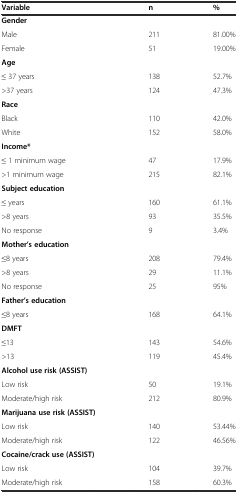
<table><thead><tr><td><b>Variable</b></td><td><b>n</b></td><td><b>%</b></td></tr></thead><tbody><tr><td><b>Gender</b></td><td></td><td></td></tr><tr><td>Male</td><td>211</td><td>81.00%</td></tr><tr><td>Female</td><td>51</td><td>19.00%</td></tr><tr><td><b>Age</b></td><td></td><td></td></tr><tr><td>≤ 37 years</td><td>138</td><td>52.7%</td></tr><tr><td>&gt;37 years</td><td>124</td><td>47.3%</td></tr><tr><td><b>Race</b></td><td></td><td></td></tr><tr><td>Black</td><td>110</td><td>42.0%</td></tr><tr><td>White</td><td>152</td><td>58.0%</td></tr><tr><td><b>Income*</b></td><td></td><td></td></tr><tr><td>≤ 1 minimum wage</td><td>47</td><td>17.9%</td></tr><tr><td>&gt;1 minimum wage</td><td>215</td><td>82.1%</td></tr><tr><td><b>Subject education</b></td><td></td><td></td></tr><tr><td>≤ years</td><td>160</td><td>61.1%</td></tr><tr><td>&gt;8 years</td><td>93</td><td>35.5%</td></tr><tr><td>No response</td><td>9</td><td>3.4%</td></tr><tr><td><b>Mother’s education</b></td><td></td><td></td></tr><tr><td>≤8 years</td><td>208</td><td>79.4%</td></tr><tr><td>&gt;8 years</td><td>29</td><td>11.1%</td></tr><tr><td>No response</td><td>25</td><td>95%</td></tr><tr><td><b>Father’s education</b></td><td></td><td></td></tr><tr><td>≤8 years</td><td>168</td><td>64.1%</td></tr><tr><td><b>DMFT</b></td><td></td><td></td></tr><tr><td>≤13</td><td>143</td><td>54.6%</td></tr><tr><td>&gt;13</td><td>119</td><td>45.4%</td></tr><tr><td><b>Alcohol use risk (ASSIST)</b></td><td></td><td></td></tr><tr><td>Low risk</td><td>50</td><td>19.1%</td></tr><tr><td>Moderate/high risk</td><td>212</td><td>80.9%</td></tr><tr><td><b>Marijuana use risk (ASSIST)</b></td><td></td><td></td></tr><tr><td>Low risk</td><td>140</td><td>53.44%</td></tr><tr><td>Moderate/high risk</td><td>122</td><td>46.56%</td></tr><tr><td><b>Cocaine/crack use (ASSIST)</b></td><td></td><td></td></tr><tr><td>Low risk</td><td>104</td><td>39.7%</td></tr><tr><td>Moderate/high risk</td><td>158</td><td>60.3%</td></tr></tbody></table>